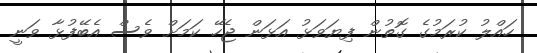
ހައްލު ކުރަމުގެ ގޮތުން ފިޔަވަޅު އަޅަން ޖެހޭ ކަމަށް ވެސް އެބޭފުޅާ ވަނީ